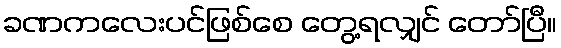
ခဏကလေးပင်ဖြစ်စေ တွေ့ရလျှင် တော်ပြီ။